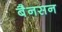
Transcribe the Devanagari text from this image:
बैनसन